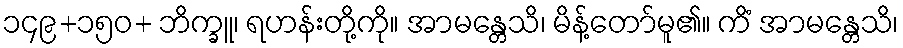
၁၄၉+၁၅၀+ ဘိက္ခူ၊ ရဟန်းတို့ကို။ အာမန္တေသိ၊ မိန့်တော်မူ၏။ ကိံ အာမန္တေသိ၊